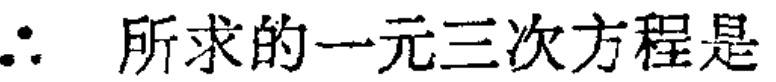
\(\therefore\) 所求的一元三次方程是